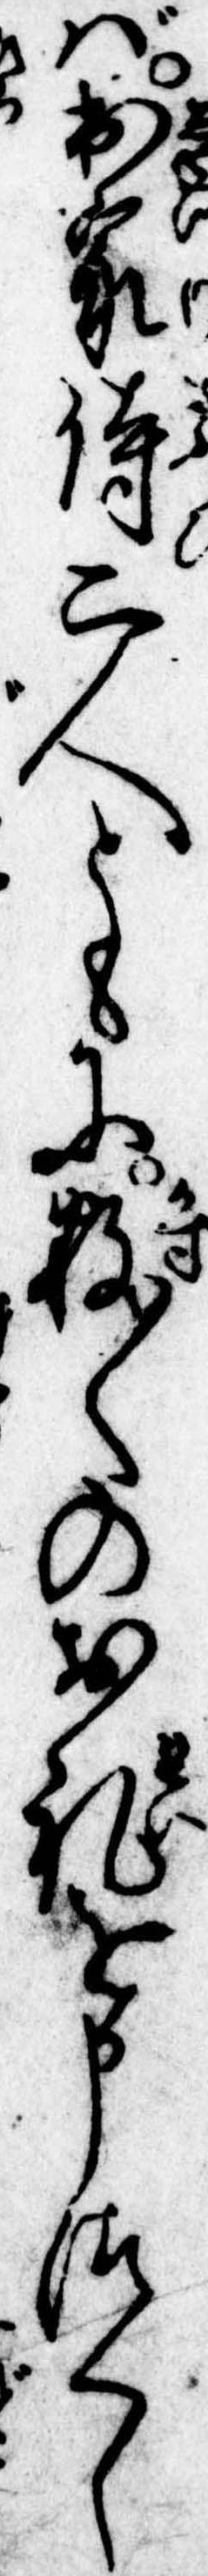
ば出家侍二人ともに数〱のお礼を申つくし